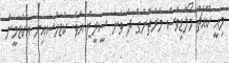
މިއީ ކޭއެޗް މޯލްޑިވްސް މެރަތޮންގެ ދެ ވަނަ ސީރީޒް އެވެ. ކުޑަހުސައިން އެކެޑަމީން